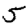
Digit: 5